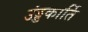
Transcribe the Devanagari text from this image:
उंड्डकार्ति